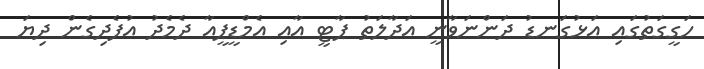
ހަގީގަތުގައި އަޅުގަނޑު ދަންނަވާނީ އަދާލަތު ޕާޓީ އާއި އެމްޑީޕީއާ ދެމެދު އުފެދިގެން ދިޔަ